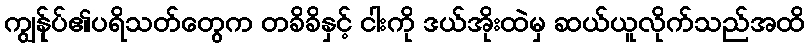
ကျွန်ုပ်၏ပရိသတ်တွေက တခိခိနှင့် ငါးကို ဒယ်အိုးထဲမှ ဆယ်ယူလိုက်သည်အထိ